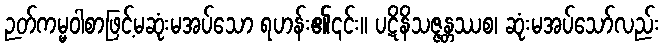
ဉတ်ကမ္မဝါစာဖြင့်မဆုံးမအပ်သော ရဟန်း၏၎င်း။ ပဋိနိသဇ္ဇန္တဿစ၊ ဆုံးမအပ်သော်လည်း